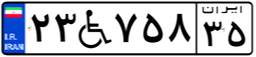
۲۳W۷۵۸۳۵